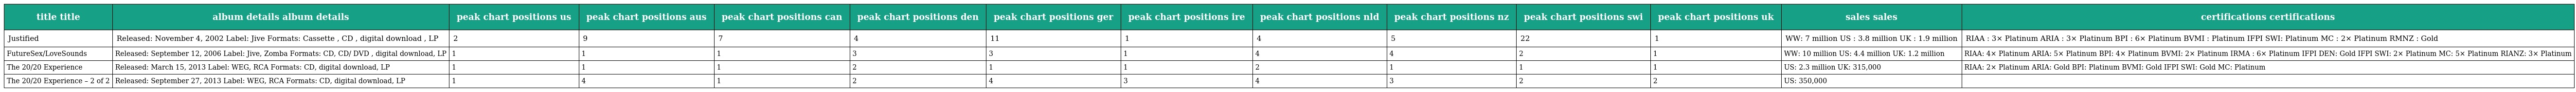
| title title | album details album details | peak chart positions us | peak chart positions aus | peak chart positions can | peak chart positions den | peak chart positions ger | peak chart positions ire | peak chart positions nld | peak chart positions nz | peak chart positions swi | peak chart positions uk | sales sales | certifications certifications |
 | --- | --- | --- | --- | --- | --- | --- | --- | --- | --- | --- | --- | --- | --- |
 | Justified | Released: November 4, 2002 Label: Jive Formats: Cassette , CD , digital download , LP | 2 | 9 | 7 | 4 | 11 | 1 | 4 | 5 | 22 | 1 | WW: 7 million US : 3.8 million UK : 1.9 million | RIAA : 3× Platinum ARIA : 3× Platinum BPI : 6× Platinum BVMI : Platinum IFPI SWI: Platinum MC : 2× Platinum RMNZ : Gold |
 | FutureSex/LoveSounds | Released: September 12, 2006 Label: Jive, Zomba Formats: CD, CD/ DVD , digital download, LP | 1 | 1 | 1 | 3 | 3 | 1 | 4 | 4 | 2 | 1 | WW: 10 million US: 4.4 million UK: 1.2 million | RIAA: 4× Platinum ARIA: 5× Platinum BPI: 4× Platinum BVMI: 2× Platinum IRMA : 6× Platinum IFPI DEN: Gold IFPI SWI: 2× Platinum MC: 5× Platinum RIANZ: 3× Platinum |
 | The 20/20 Experience | Released: March 15, 2013 Label: WEG, RCA Formats: CD, digital download, LP | 1 | 1 | 1 | 2 | 1 | 1 | 2 | 1 | 1 | 1 | US: 2.3 million UK: 315,000 | RIAA: 2× Platinum ARIA: Gold BPI: Platinum BVMI: Gold IFPI SWI: Gold MC: Platinum |
 | The 20/20 Experience – 2 of 2 | Released: September 27, 2013 Label: WEG, RCA Formats: CD, digital download, LP | 1 | 4 | 1 | 2 | 4 | 3 | 4 | 3 | 2 | 2 | US: 350,000 |  |